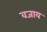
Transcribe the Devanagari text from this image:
वजाय